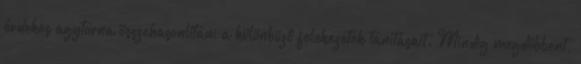
érdekes agytorna összehasonlítani a különböző felekezetek tanításait. Mindig megdöbbent,